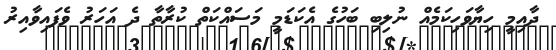
ދާއިމީ ހިޔާވަހިކަމެއް ނުލިބި ބަހުގެ އެކަޑަމީ މަސައްކަތް ކުރާތާ ދެ އަހަރު ވެފައިވާއިރު